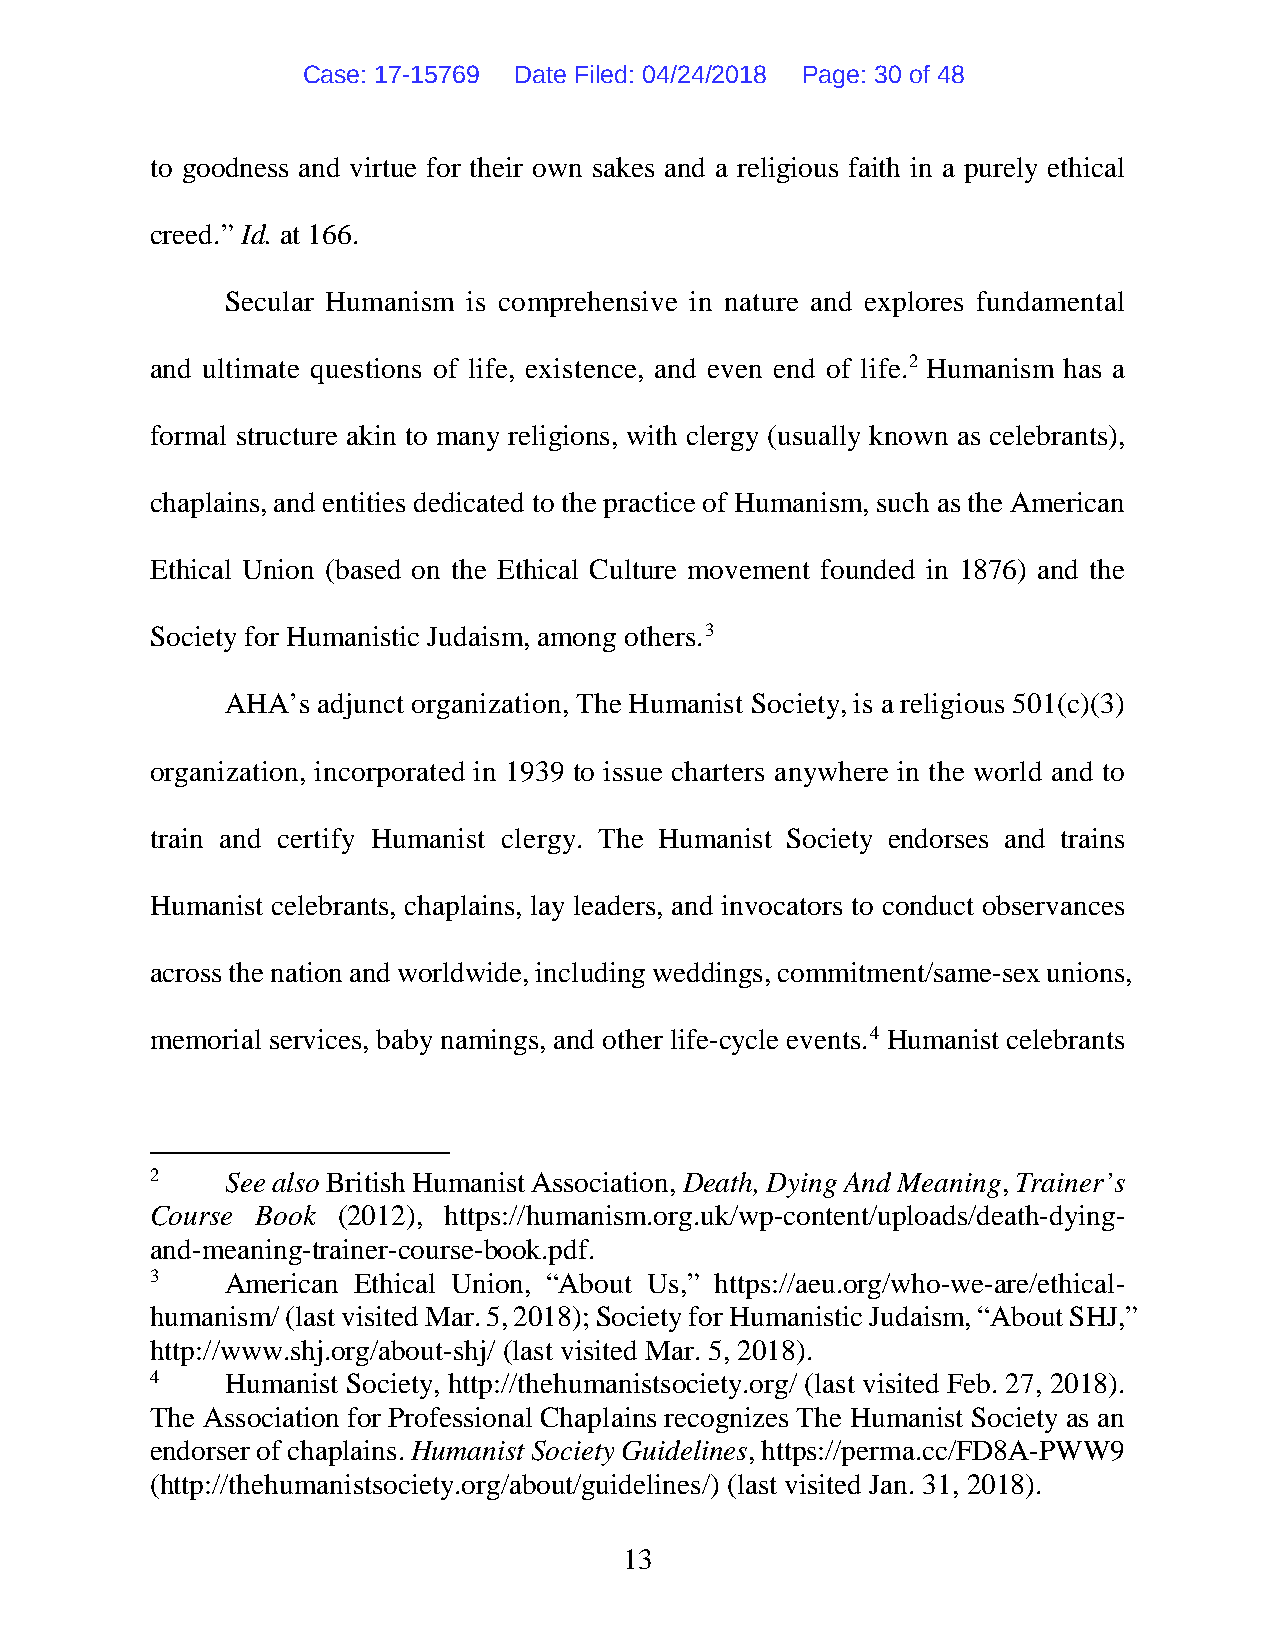
Case: 17-15769 Date Filed: 04/24/2018 Page: 30 of 48
 to goodness and virtue for their own sakes and a religious faith in a purely ethical
 creed.” Id. at 166.
 Secular Humanism is comprehensive in nature and explores fundamental
 and ultimate questions of life, existence, and even end of life.2 Humanism has a
 formal structure akin to many religions, with clergy (usually known as celebrants),
 chaplains, and entities dedicated to the practice of Humanism, such as the American
 Ethical Union (based on the Ethical Culture movement founded in 1876) and the
 Society for Humanistic Judaism, among others.3
 AHA’s adjunct organization, The Humanist Society, is a religious 501(c)(3)
 organization, incorporated in 1939 to issue charters anywhere in the world and to
 train and certify Humanist clergy. The Humanist Society endorses and trains
 Humanist celebrants, chaplains, lay leaders, and invocators to conduct observances
 across the nation and worldwide, including weddings, commitment/same-sex unions,
 memorial services, baby namings, and other life-cycle events.4 Humanist celebrants
 2    See also British Humanist Association, Death, Dying And Meaning, Trainer’s
 Course Book (2012), https://humanism.org.uk/wp-content/uploads/death-dying-
 and-meaning-trainer-course-book.pdf.
 3    American Ethical Union, “About Us,” https://aeu.org/who-we-are/ethical-
 humanism/ (last visited Mar. 5, 2018); Society for Humanistic Judaism, “About SHJ,”
 http://www.shj.org/about-shj/ (last visited Mar. 5, 2018).
 4    Humanist Society, http://thehumanistsociety.org/ (last visited Feb. 27, 2018).
 The Association for Professional Chaplains recognizes The Humanist Society as an
 endorser of chaplains. Humanist Society Guidelines, https://perma.cc/FD8A-PWW9
 (http://thehumanistsociety.org/about/guidelines/) (last visited Jan. 31, 2018).
 13